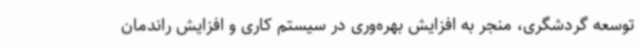
توسعه گردشگری، منجر به افزایش بهره‌وری در سیستم کاری و افزایش راندمان